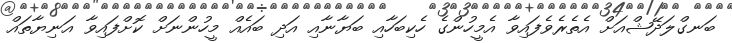
ބަނގްލަދޭޝްއަށް އެތެރެވެފައިވާ އެމީހުންގެ ހެކިބަހާއި ބަޔާނާއި އަދި ބައެއް މީހުންނަށް ކޮށްފައިވާ އަނިޔާތައް